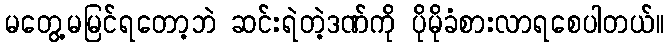
မတွေ့မမြင်ရတော့ဘဲ ဆင်းရဲတဲ့ဒဏ်ကို ပိုမိုခံစားလာရစေပါတယ်။